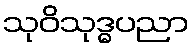
သုဝိသုဒ္ဓပညာ